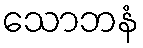
သောဘနံ